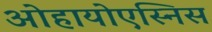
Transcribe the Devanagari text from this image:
ओहायोएस्निस